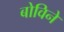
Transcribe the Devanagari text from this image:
बोविने